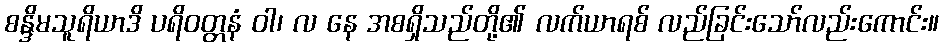
စန္ဒိမသူရိယာဒိ ပရိဝတ္တနံ ဝါ၊ လ နေ အစရှိသည်တို့၏ လက်ယာရစ် လည်ခြင်းသော်လည်းကောင်း။